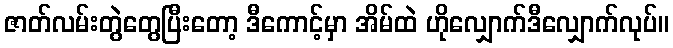
ဇာတ်လမ်းတွဲတွေပြီးတော့ ဒီကောင့်မှာ အိမ်ထဲ ဟိုလျှောက်ဒီလျှောက်လုပ်။